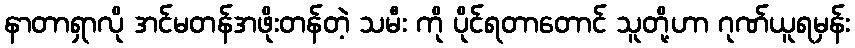
နာတာရှာလို အင်မတန်အဖိုးတန်တဲ့ သမီး ကို ပိုင်ရတာတောင် သူတို့ဟာ ဂုဏ်ယူရမှန်း